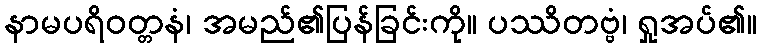
နာမပရိဝတ္တနံ၊ အမည်၏ပြန်ခြင်းကို။ ပဿိတဗ္ဗံ၊ ရှုအပ်၏။